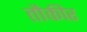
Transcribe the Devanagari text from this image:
तौकीर